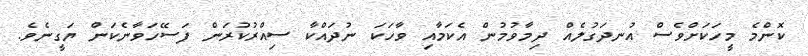
ކޮންމެ މީހަކަށްވެސް އުނދަގުލެއް ދިމާވުމުން އެކަމާއި ވާހަކަ ނުދައްކާ ސިއްރުކުރަން ފަސޭހަވާނެކަން ޔަގީނެވެ.